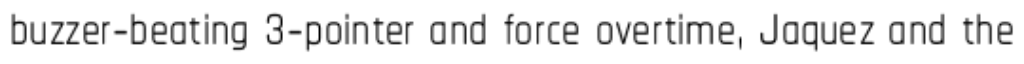
buzzer-beating 3-pointer and force overtime, Jaquez and the